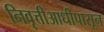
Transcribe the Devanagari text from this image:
निवृत्तीआधीपासून